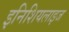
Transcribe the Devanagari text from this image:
इनिशियलाइज